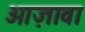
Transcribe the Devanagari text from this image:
ओज़ावा